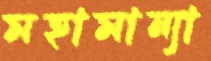
মহামান্যা